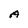
Character: A